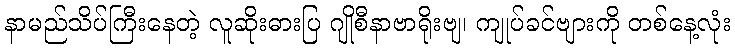
နာမည်သိပ်ကြီးနေတဲ့ လူဆိုးဓားပြ ဂျိုစီနာဗာရိုးဗျ၊ ကျုပ်ခင်ဗျားကို တစ်နေ့လုံး